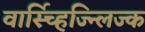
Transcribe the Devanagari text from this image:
वार्स्च्हिज्न्लिज्क